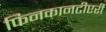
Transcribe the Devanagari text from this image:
फिनकानटीएरी